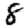
Digit: 8